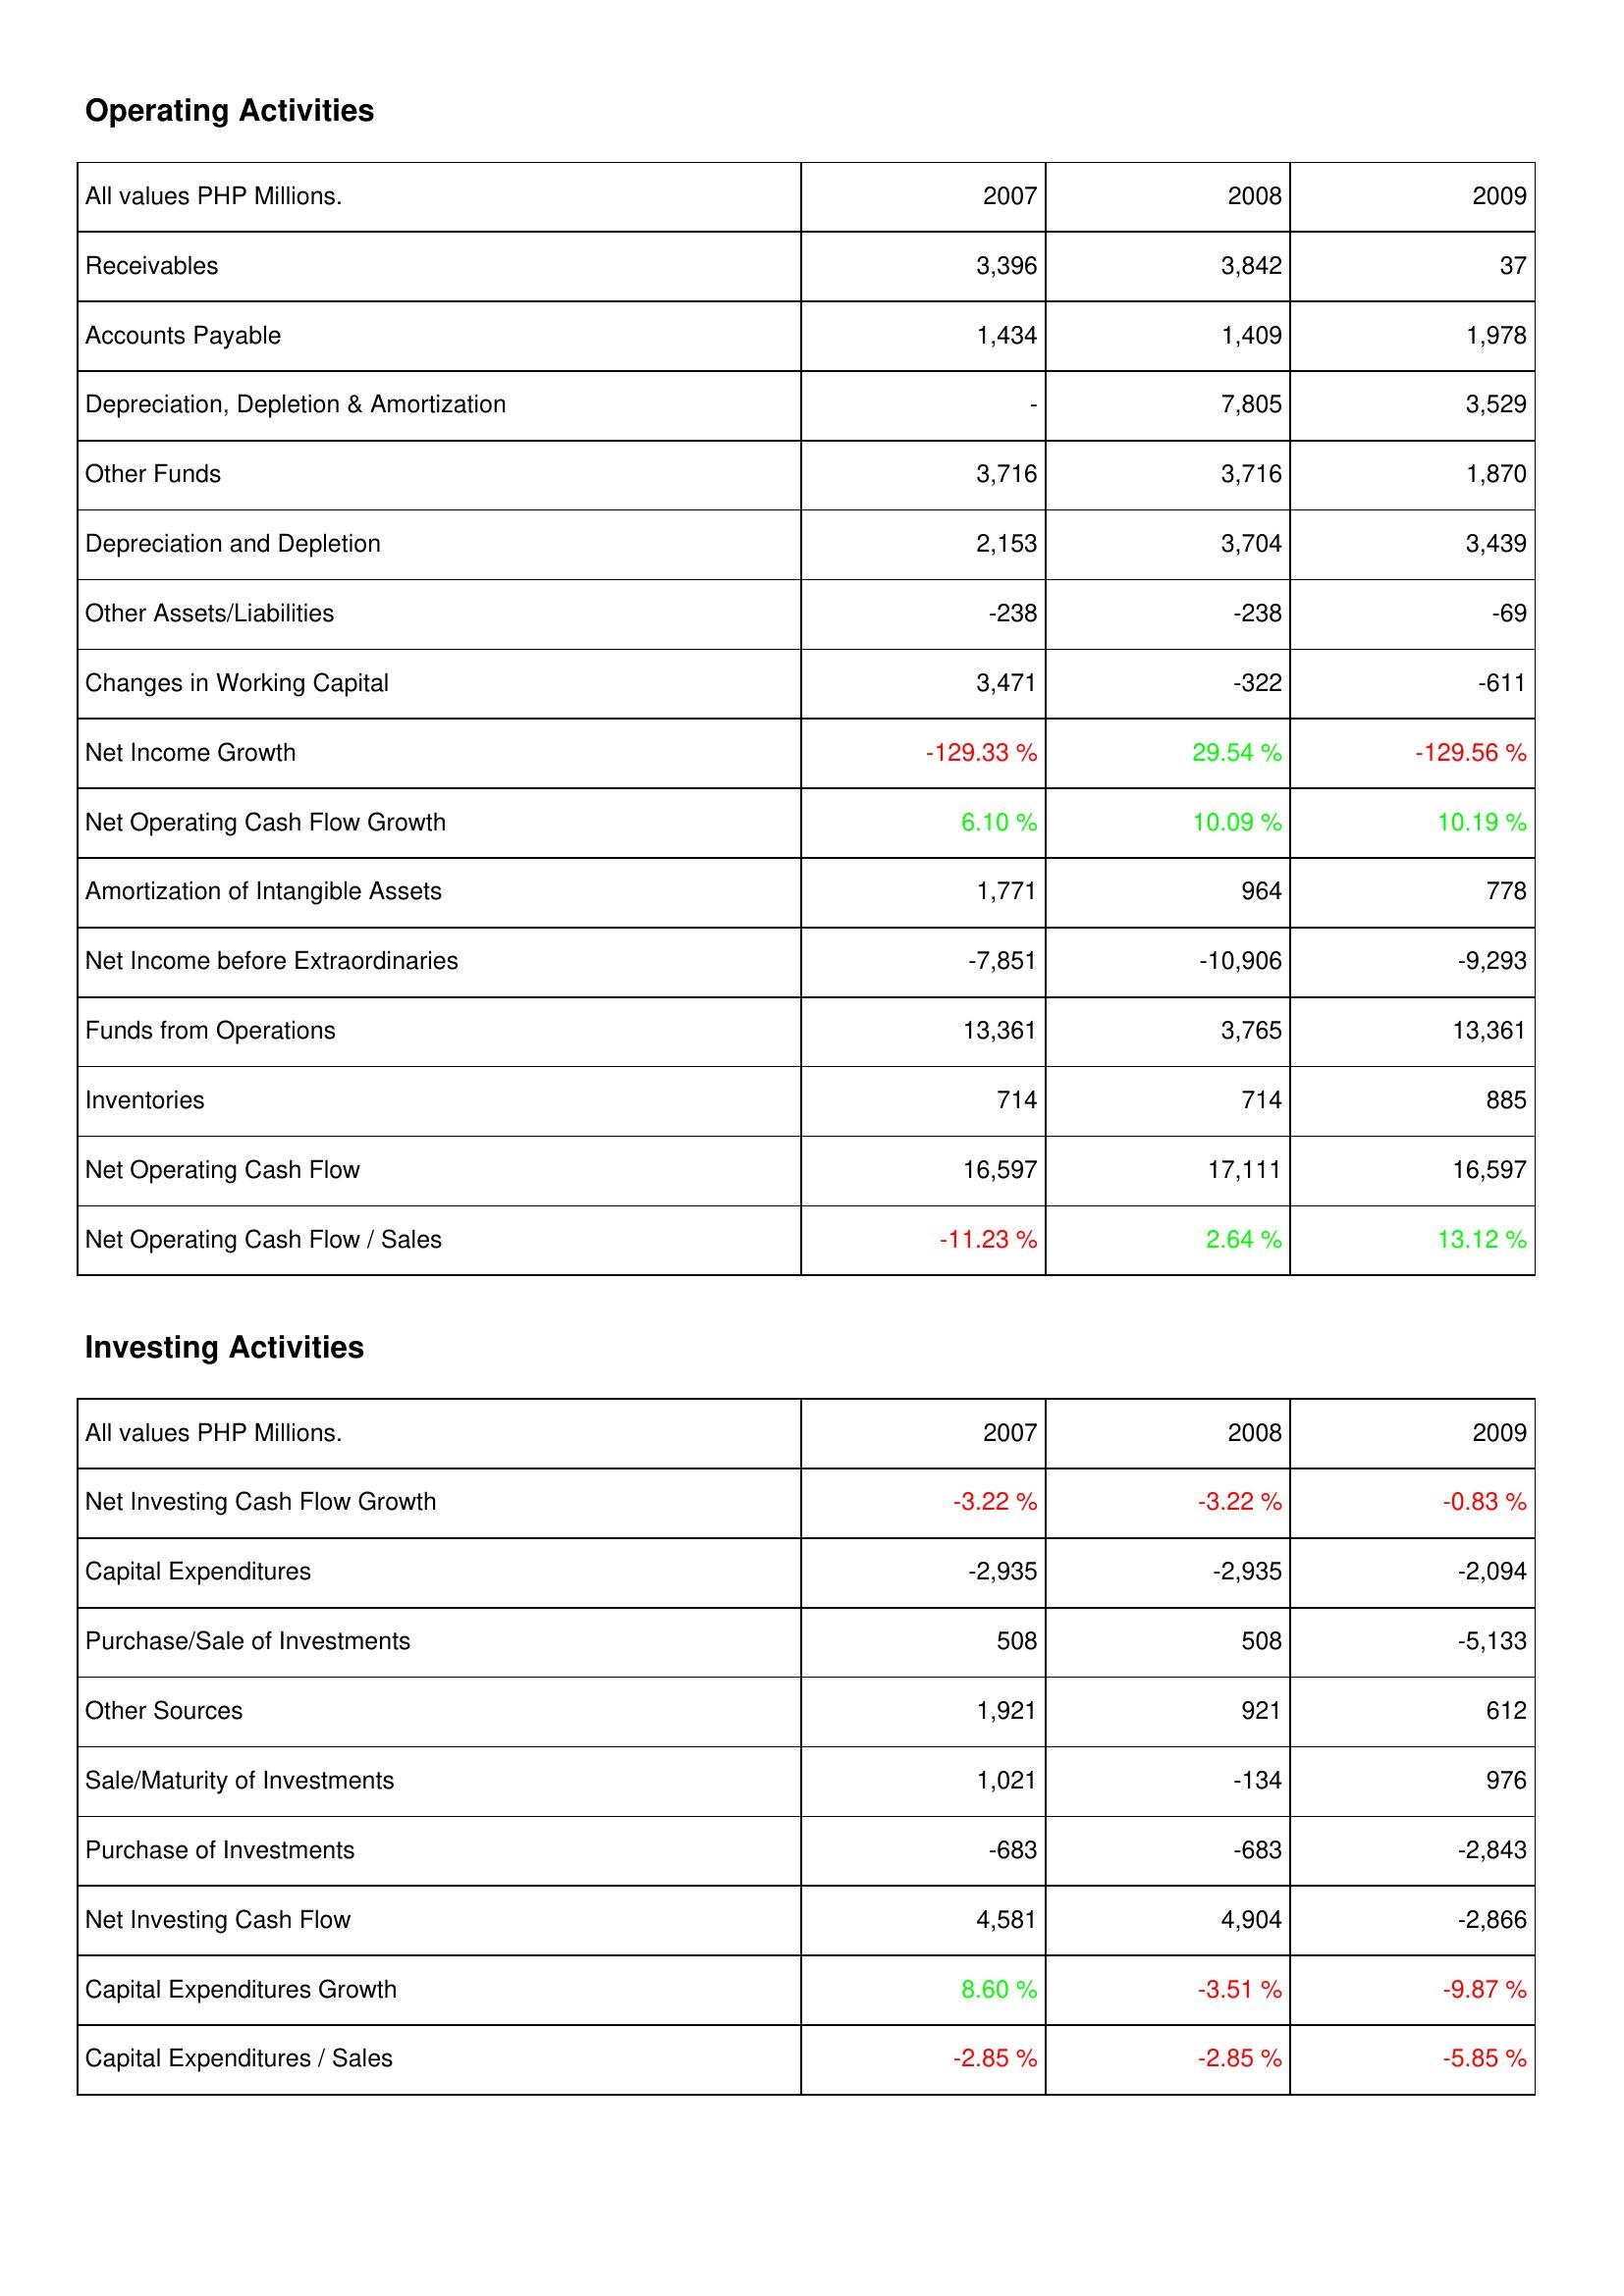
2007: Operating Activities: Receivables: 3,396
Accounts Payable: 1,434
Depreciation, Depletion & Amortization: -
Other Funds: 3,716
Depreciation and Depletion: 2,153
Other Assets/Liabilities: -238
Changes in Working Capital: 3,471
Net Income Growth: -129.33 %
Net Operating Cash Flow Growth: 6.10 %
Amortization of Intangible Assets: 1,771
Net Income before Extraordinaries: -7,851
Funds from Operations: 13,361
Inventories: 714
Net Operating Cash Flow: 16,597
Net Operating Cash Flow / Sales: -11.23 %
Investing Activities: Net Investing Cash Flow Growth: -3.22 %
Capital Expenditures: -2,935
Purchase/Sale of Investments: 508
Other Sources: 1,921
Sale/Maturity of Investments: 1,021
Purchase of Investments: -683
Net Investing Cash Flow: 4,581
Capital Expenditures Growth: 8.60 %
Capital Expenditures / Sales: -2.85 %
2008: Operating Activities: Receivables: 3,842
Accounts Payable: 1,409
Depreciation, Depletion & Amortization: 7,805
Other Funds: 3,716
Depreciation and Depletion: 3,704
Other Assets/Liabilities: -238
Changes in Working Capital: -322
Net Income Growth: 29.54 %
Net Operating Cash Flow Growth: 10.09 %
Amortization of Intangible Assets: 964
Net Income before Extraordinaries: -10,906
Funds from Operations: 3,765
Inventories: 714
Net Operating Cash Flow: 17,111
Net Operating Cash Flow / Sales: 2.64 %
Investing Activities: Net Investing Cash Flow Growth: -3.22 %
Capital Expenditures: -2,935
Purchase/Sale of Investments: 508
Other Sources: 921
Sale/Maturity of Investments: -134
Purchase of Investments: -683
Net Investing Cash Flow: 4,904
Capital Expenditures Growth: -3.51 %
Capital Expenditures / Sales: -2.85 %
2009: Operating Activities: Receivables: 37
Accounts Payable: 1,978
Depreciation, Depletion & Amortization: 3,529
Other Funds: 1,870
Depreciation and Depletion: 3,439
Other Assets/Liabilities: -69
Changes in Working Capital: -611
Net Income Growth: -129.56 %
Net Operating Cash Flow Growth: 10.19 %
Amortization of Intangible Assets: 778
Net Income before Extraordinaries: -9,293
Funds from Operations: 13,361
Inventories: 885
Net Operating Cash Flow: 16,597
Net Operating Cash Flow / Sales: 13.12 %
Investing Activities: Net Investing Cash Flow Growth: -0.83 %
Capital Expenditures: -2,094
Purchase/Sale of Investments: -5,133
Other Sources: 612
Sale/Maturity of Investments: 976
Purchase of Investments: -2,843
Net Investing Cash Flow: -2,866
Capital Expenditures Growth: -9.87 %
Capital Expenditures / Sales: -5.85 %